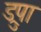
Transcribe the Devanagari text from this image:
ड्रुपा